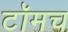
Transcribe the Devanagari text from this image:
टॉमच